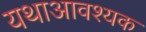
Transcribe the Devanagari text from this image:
यथाआवश्यक